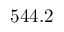
5 4 4 . 2